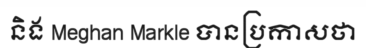
និង Meghan Markle បានប្រកាសថា